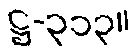
ဋ္ဌ-၃၁၃။